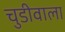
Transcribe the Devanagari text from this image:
चुडीवाला